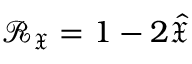
\mathcal { R } _ { \mathfrak { X } } = 1 - 2 \hat { \mathfrak { X } }